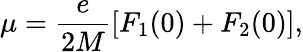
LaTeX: \mu=\frac{e}{2M}\left[F_{1}(0)+F_{2}(0)\right],